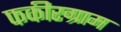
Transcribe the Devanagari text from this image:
फकीरग्राम